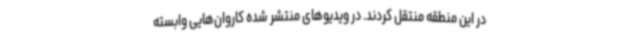
در این منطقه منتقل کردند. در ویدیوهای منتشر شده کاروان‌هایی وابسته